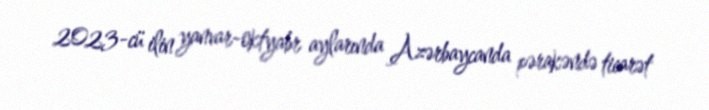
2023-cü ilin yanvar-oktyabr aylarında Azərbaycanda pərakəndə ticarət